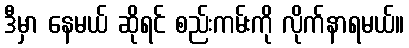
ဒီမှာ နေမယ် ဆိုရင် စည်းကမ်းကို လိုက်နာရမယ်။